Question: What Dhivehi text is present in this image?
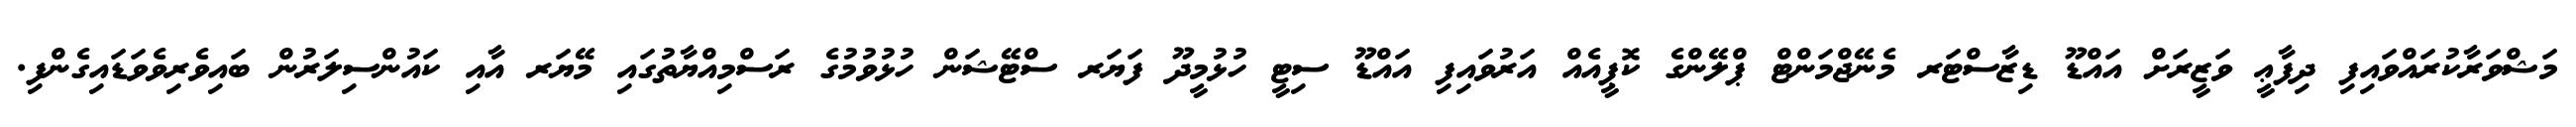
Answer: މަޝްވަރާކުރައްވައިފި ދިފާޢީ ވަޒީރަށް އައްޑޫ ޑިޒާސްޓަރ މެނޭޖްމަންޓް ޕްލޭންގެ ކޮޕީއެއް އަރުވައިފި އައްޑޫ ސިޓީ ހުޅުމީދޫ ފަޔަރ ސްޓޭޝަން ހުޅުވުމުގެ ރަސްމިއްޔާތުގައި މޭޔަރ އާއި ކައުންސިލަރުން ބައިވެރިވެވަޑައިގެންފި.